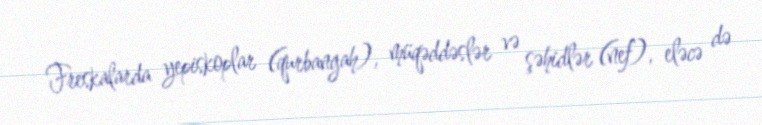
Freskalarda yepiskoplar (qurbangah), müqəddəslər və şəhidlər (nef), eləcə də